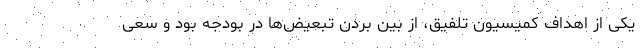
یکی از اهداف کمیسیون تلفیق، از بین بردن تبعیض‌ها در بودجه بود و سعی